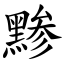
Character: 黪